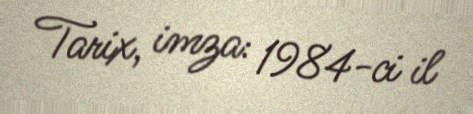
Tarix, imza: 1984-ci il